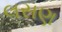
લસણ